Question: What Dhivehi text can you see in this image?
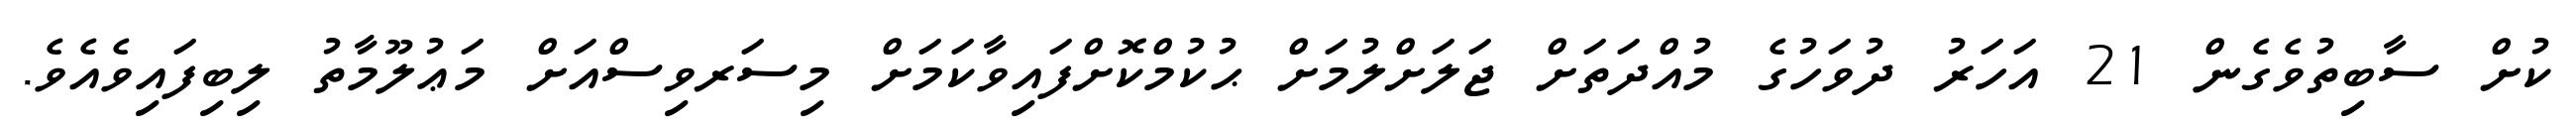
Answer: ކުށް ސާބިތުވެގެން 21 އަހަރު ދުވަހުގެ މުއްދަތަށް ޖަލަށްލުމަށް ޙުކުމްކޮށްފައިވާކަމަށް މިސަރވިސްއަށް މަޢުލޫމާތު ލިބިފައިވެއެވެ.